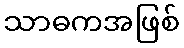
သာဓကအဖြစ်